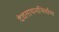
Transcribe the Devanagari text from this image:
देवतायननिर्माण